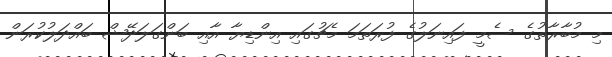
މި މުބާރާތުގެ ސެމީ ފައިނަލުގެ ފުރަތަމަ މެޗުގައި އިންޑިޔާ އާއި ބަންގަލަދޭޝް ބައްދަލުކުރަން